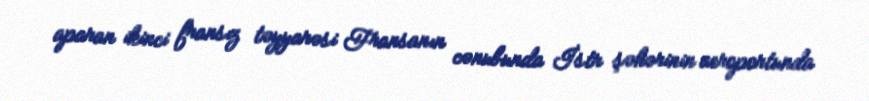
aparan ikinci fransız təyyarəsi Fransanın cənubunda İstr şəhərinin aeroportunda